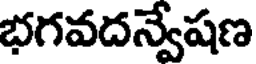
భగవదన్వేషణ